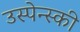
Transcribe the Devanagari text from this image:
उस्पेन्स्की